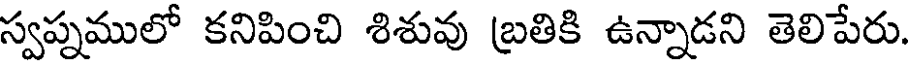
స్వప్నములో కనిపించి శిశువు బ్రతికి ఉన్నాడని తెలిపేరు.